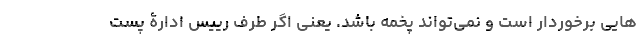
هایی برخوردار است و نمی‌تواند پخمه باشد. یعنی اگر طرف رییس ادارۀ پست